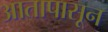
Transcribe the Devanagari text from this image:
आतापासून